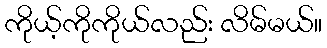
ကိုယ့်ကိုကိုယ်လည်း လိမ်မယ်။